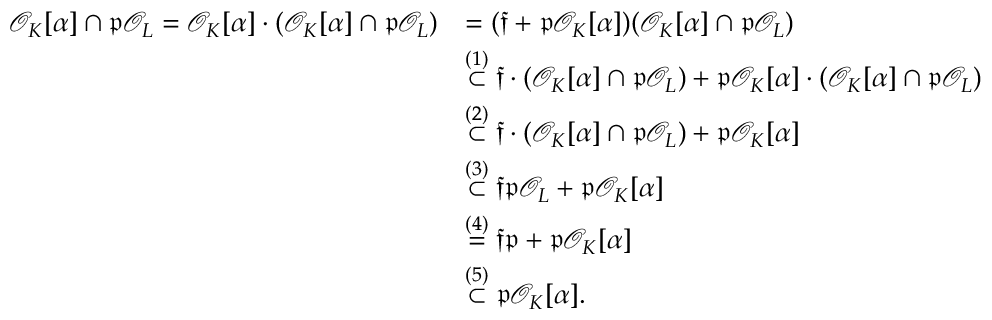
\begin{array} { r l } { \mathcal O _ { K } [ \alpha ] \cap \mathfrak p \mathcal O _ { L } = \mathcal O _ { K } [ \alpha ] \cdot ( \mathcal O _ { K } [ \alpha ] \cap \mathfrak p \mathcal O _ { L } ) } & { = ( \mathfrak f + \mathfrak p \mathcal O _ { K } [ \alpha ] ) ( \mathcal O _ { K } [ \alpha ] \cap \mathfrak p \mathcal O _ { L } ) } \\ & { \stackrel { ( 1 ) } { \subset } \mathfrak f \cdot ( \mathcal O _ { K } [ \alpha ] \cap \mathfrak p \mathcal O _ { L } ) + \mathfrak p \mathcal O _ { K } [ \alpha ] \cdot ( \mathcal O _ { K } [ \alpha ] \cap \mathfrak p \mathcal O _ { L } ) } \\ & { \stackrel { ( 2 ) } { \subset } \mathfrak f \cdot ( \mathcal O _ { K } [ \alpha ] \cap \mathfrak p \mathcal O _ { L } ) + \mathfrak p \mathcal O _ { K } [ \alpha ] } \\ & { \stackrel { ( 3 ) } { \subset } \mathfrak f \mathfrak p \mathcal O _ { L } + \mathfrak p \mathcal O _ { K } [ \alpha ] } \\ & { \stackrel { ( 4 ) } { = } \mathfrak f \mathfrak p + \mathfrak p \mathcal O _ { K } [ \alpha ] } \\ & { \stackrel { ( 5 ) } { \subset } \mathfrak p \mathcal O _ { K } [ \alpha ] . } \end{array}